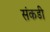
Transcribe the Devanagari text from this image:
संकडी